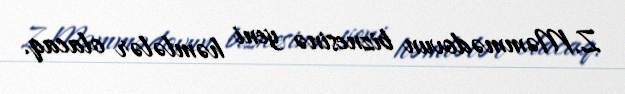
Z.Məmmədovun biznesinə yeni həmlələr olacaq.